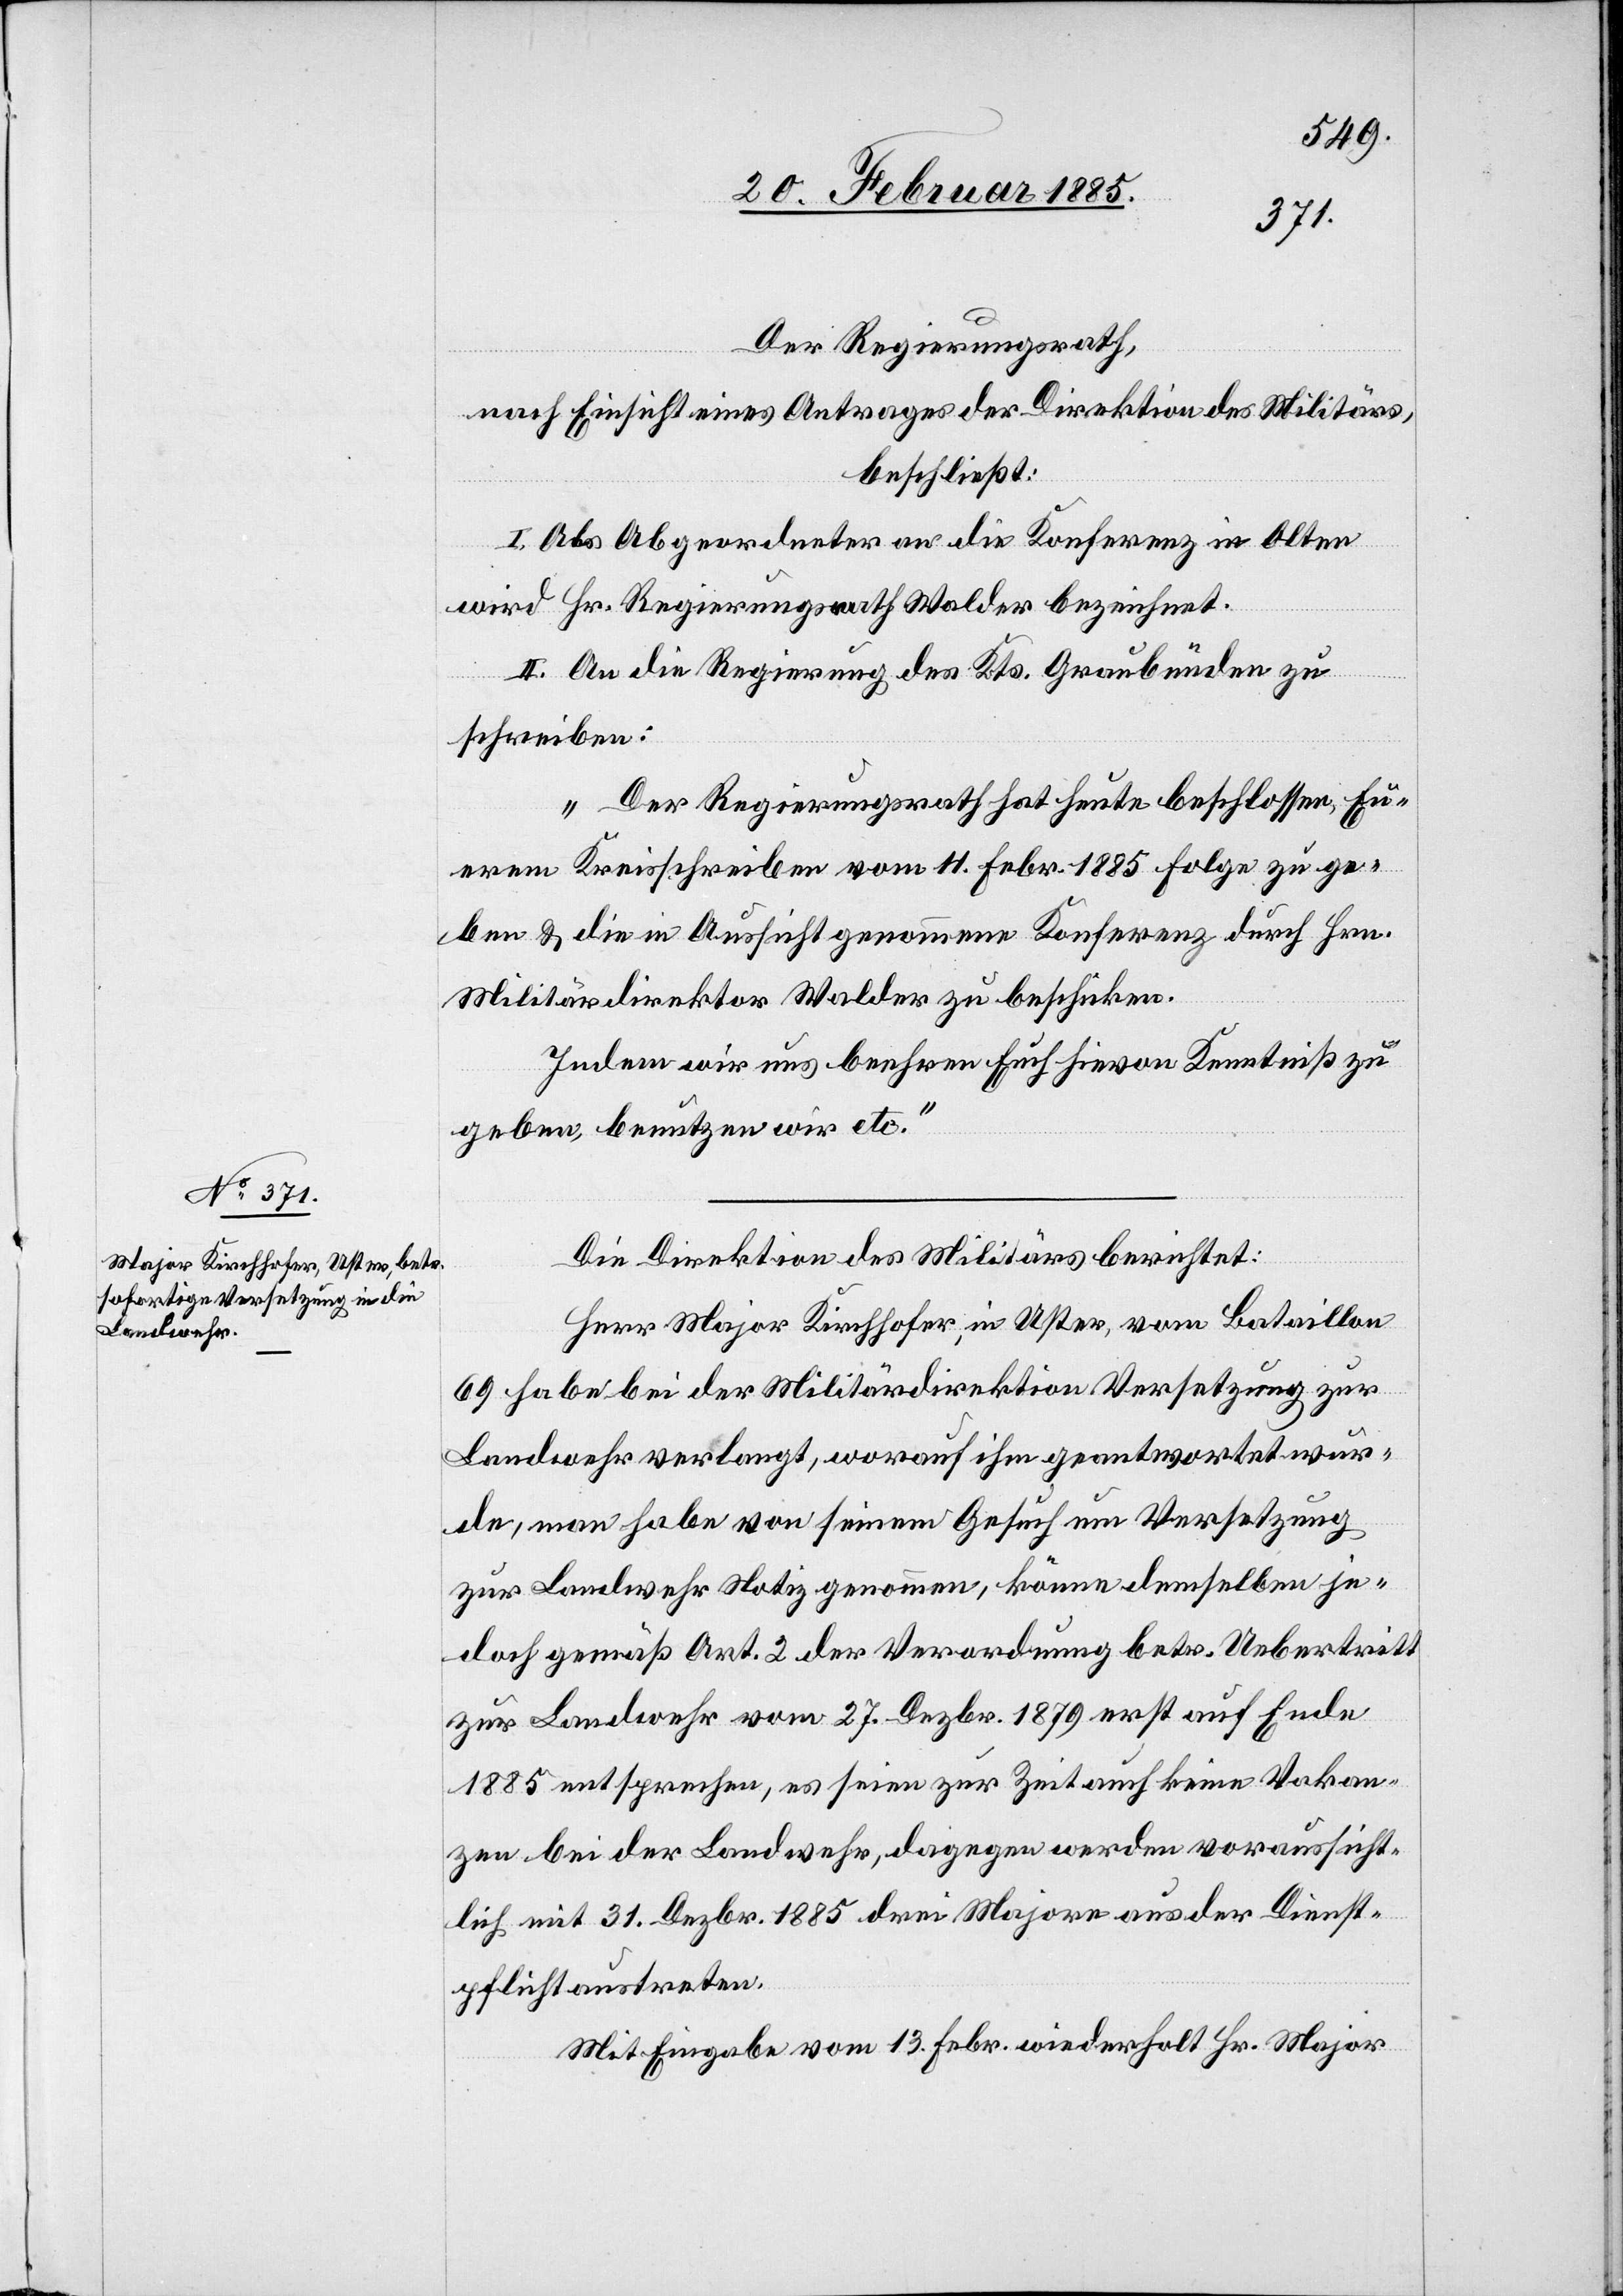
Der Regierungsrath,
nach Einsicht eines Antrages der Direktion des Militärs,
beschließt:
I. Als Abgeordneter an die Konferenz in Olten
wird Hr. Regierungsrath Walter bezeichnet.
II. An die Regierung des Kts. Graubünden zu
schreiben:
„Der Regierungsrath hat heute beschlossen, Eu¬
erem Kreisschreiben vom 11. Febr. 1885 Folge zu ge¬
ben & die in Aussicht genommene Konferenz durch Hrn.
Militärdirektor Walder zu beschicken.
Indem wir uns beehren Euch hievon Kenntniß zu
geben, benutzen wir etc.“
Die Direktion des Militärs berichtet:
Herr Major Kirchhofer, in Uster, vom Bataillon
69 habe bei der Militärdirektion Versetzung zur
Landwehr verlangt, worauf ihm geantwortet wur¬
de, man habe von seinem Gesuch um Versetzung
zur Landwehr Notiz genommen, könne demselben je¬
doch gemäß Art. 2 der Verordnung betr. Uebertritt
zur Landwehr vom 27. Dezbr. 1879 erst auf Ende
1885 entsprechen, es seien zur Zeit auch keine Vakan¬
zen bei der Landwehr, dagegen werden voraussicht¬
lich mit 31. Dezbr. 1885 drei Majore aus der Dienst¬
pflicht austreten.
Mit Eingabe vom 13. Febr. wiederholt Hr. Major